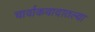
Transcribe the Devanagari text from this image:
चार्वाकवादातल्या